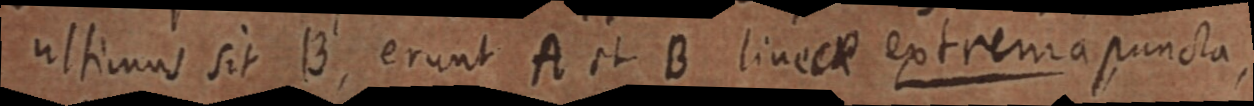
ultimus sit B, erunt A et B linea extrema punctam,